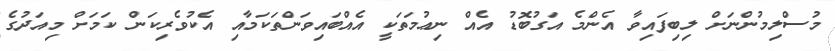
މުސްލިމުންނަށް ލިބިފައިވާ އެންމެ އަގުބޮޑު އެއް ނިޢުމަތަކީ އެއްބައިވަންތަކަމާއި އެކުވެރިކަން ކަމަށް މިއަދުގެ